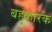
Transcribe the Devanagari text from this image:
बहुकारक